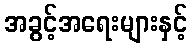
အခွင့်အရေးများနှင့်